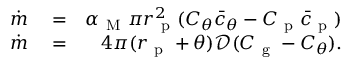
\begin{array} { r l r } { \dot { m } } & { { } = } & { \alpha _ { \mathrm { ~ M ~ } } \pi r _ { \mathrm { ~ p ~ } } ^ { 2 } ( C _ { \theta } \bar { c } _ { \theta } - C _ { \mathrm { ~ p ~ } } \bar { c } _ { \mathrm { ~ p ~ } } ) } \\ { \dot { m } } & { { } = } & { 4 \pi ( r _ { \mathrm { ~ p ~ } } + \theta ) \mathcal { D } ( C _ { \mathrm { ~ g ~ } } - C _ { \theta } ) . } \end{array}